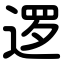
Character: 逻